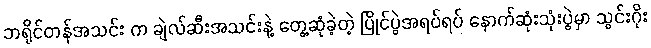
ဘရိုင်တန်အသင်း က ချဲလ်ဆီးအသင်းနဲ့ တွေ့ဆုံခဲ့တဲ့ ပြိုင်ပွဲအရပ်ရပ် နောက်ဆုံးသုံးပွဲမှာ သွင်းဂိုး